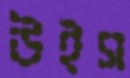
উইস